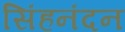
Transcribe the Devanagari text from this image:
सिंहनंदन